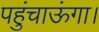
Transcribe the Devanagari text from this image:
पहुंचाऊंगा।